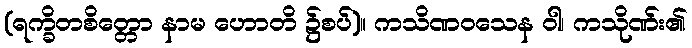
(ရက္ခိတစိတ္တော နာမ ဟောတိ ၌စပ်)။ ကသိဏဝသေန ဝါ၊ ကသိုဏ်း၏